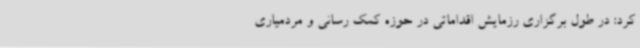
کرد: در طول برگزاری رزمایش اقداماتی در حوزه کمک رسانی و مردمیاری